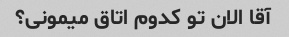
آقا الان تو کدوم اتاق میمونی؟